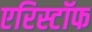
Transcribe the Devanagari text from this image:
एरिस्टॉफ